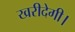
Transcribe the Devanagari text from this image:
खरीदेगी।